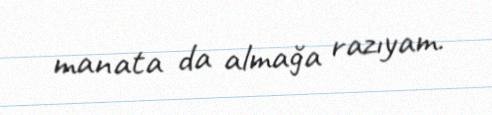
manata da almağa razıyam.